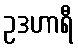
ဥဒဟာရီ